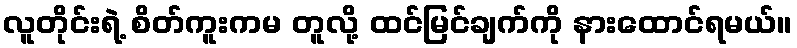
လူတိုင်းရဲ့ စိတ်ကူးကမ တူလို့ ထင်မြင်ချက်ကို နားထောင်ရမယ်။